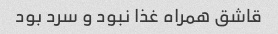
قاشق همراه غذا نبود و سرد بود